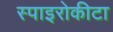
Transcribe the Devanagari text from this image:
स्पाइरोकीटा